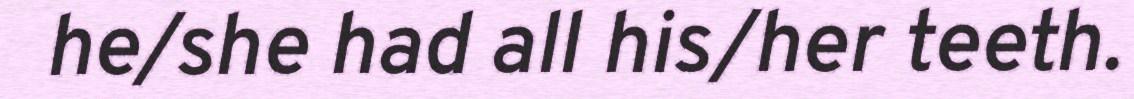
he/she had all his/her teeth.